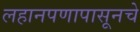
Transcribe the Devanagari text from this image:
लहानपणापासूनचे